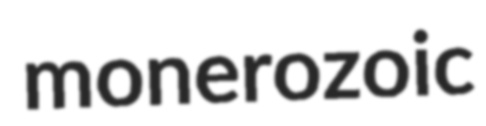
monerozoic